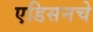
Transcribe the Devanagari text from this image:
एडिसनचे